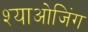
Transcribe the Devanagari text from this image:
श्याओजिंग